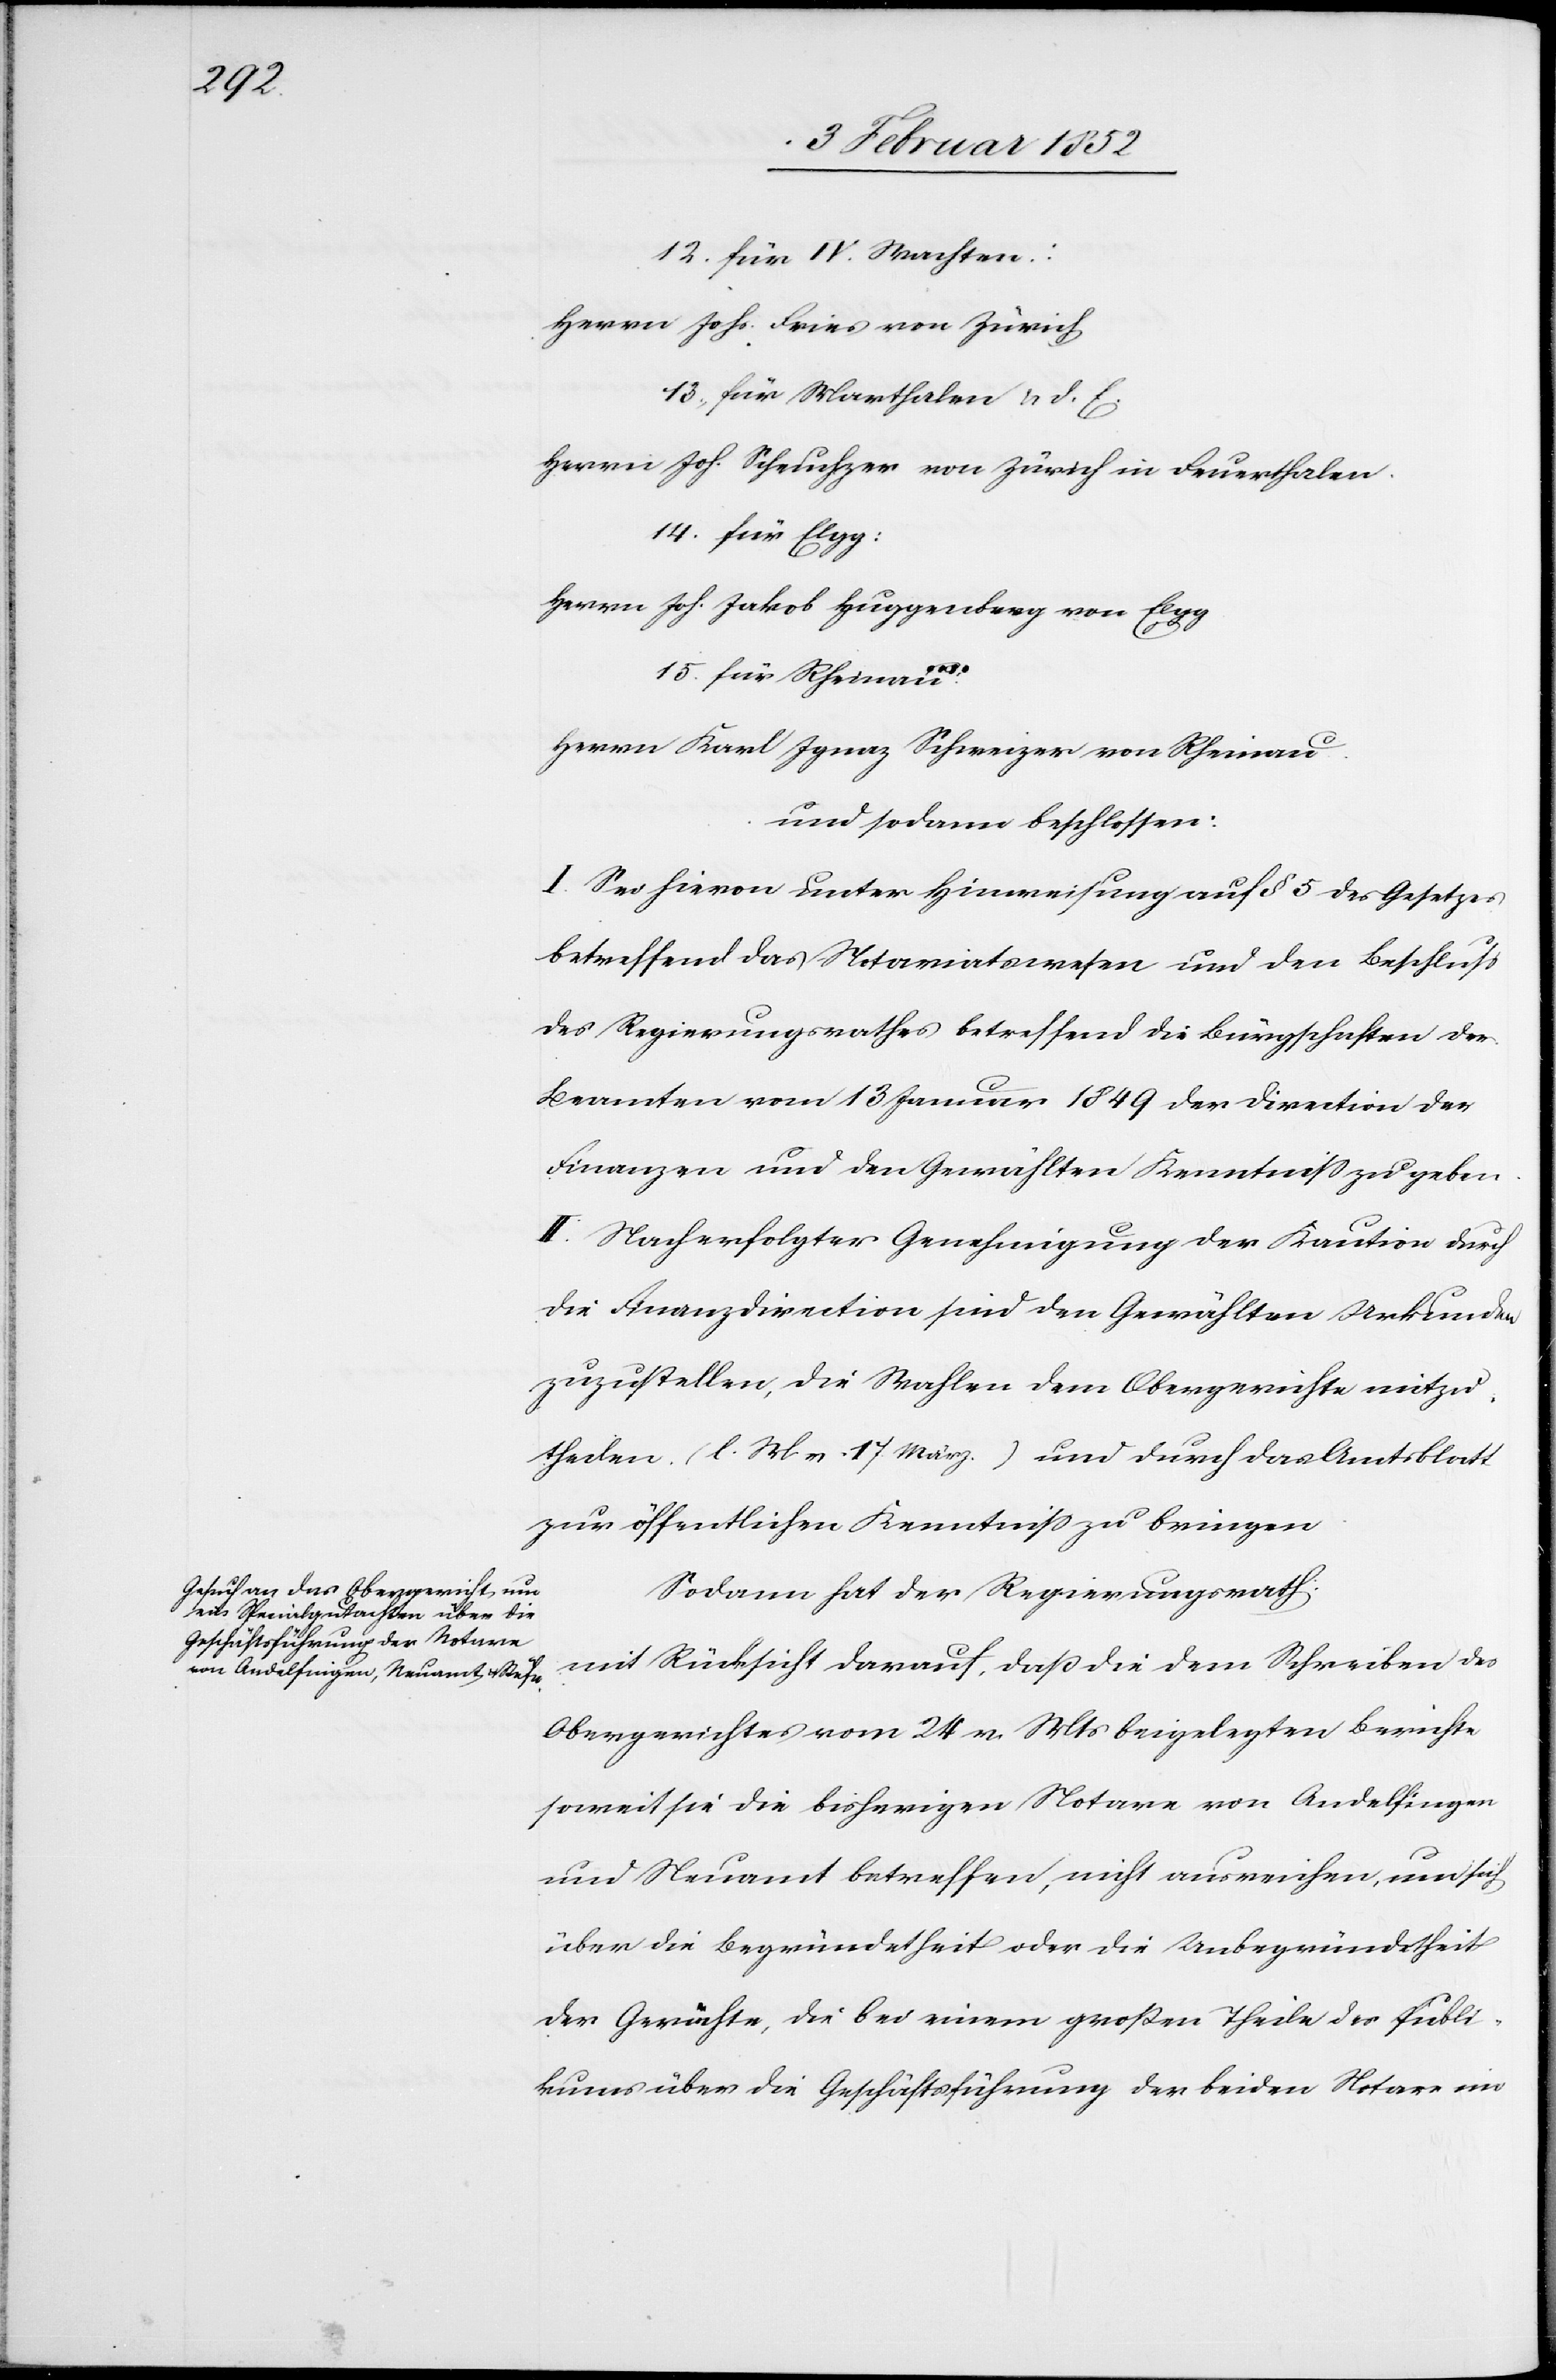
12. für IV. Wachten
Herrn Johs. Fries von Zürich
13. für Marthalen u d. E.
Herrn Joh. Scheuchzer von Zürich in Feuerthalen.
14. für Elgg:
Herrn Joh. Jakob Huggenberg von Elgg
15. für Rheinau:
Herrn Karl Ignaz Schweizer von Rheinau.
und sodann beschlossen:
I. Sei hievon unter Hinweisung auf § 5 des Gesetzes
betreffend das Notariatswesen und den Beschluß
des Regierungsrathes betreffend die Bürgschaften der
Beamten vom 13 Januar 1849 der Direction der
Finanzen und den Gewählten Kenntniß zu geben.
II. Nach erfolgter Genehmigung der Kaution durch
die Finanzdirection sind den Gewählten Urkunden
zuzustellen, die Wahlen dem Obergerichte mitzu¬
theilen (l. M v 17 März.) und durch das Amtsblatt
zur öffentlichen Kenntniß zu bringen.
Sodann hat der Regierungsrath
mit Rücksicht darauf, daß die dem Schreiben des
Obergerichtes vom 24 v. Mts beigelegten Berichte
soweit sie die bisherigen Notare von Andelfingen
und Neuamt betreffen, nicht ausreichen, um sich
über die Begründetheit oder die Unbegründetheit
der Gerüchte, die bei einem großen Theile des Publi¬
cums über die Geschäftsführung der beiden Notare im